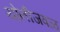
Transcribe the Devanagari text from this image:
योनीजवळ